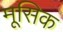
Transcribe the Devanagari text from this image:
मूसिक